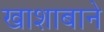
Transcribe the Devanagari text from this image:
खाशाबाने